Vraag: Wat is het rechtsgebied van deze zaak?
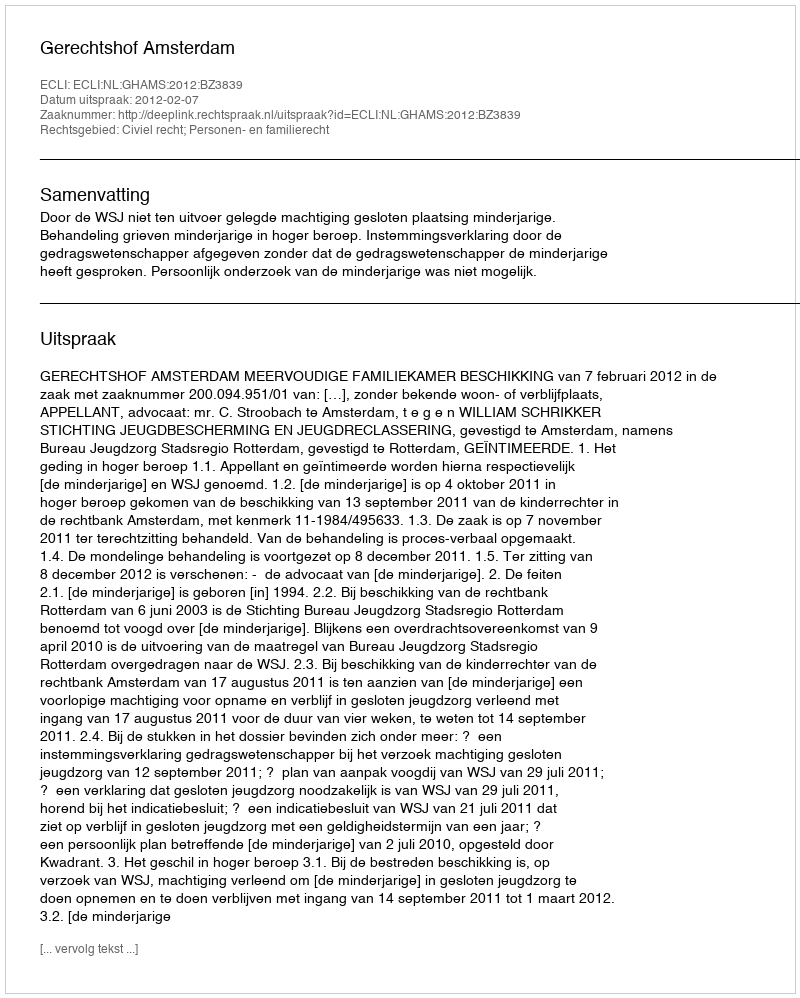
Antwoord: Civiel recht; Personen- en familierecht